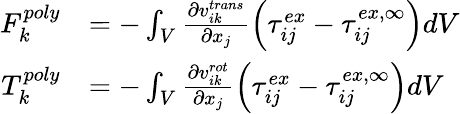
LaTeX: \begin{array}{rl}{F_{k}^{poly}}&{=-\int_{V}\frac{\partial v_{ik}^{trans}}{\partial x_{j}}\left(\tau_{ij}^{ex}-\tau_{ij}^{ex,\infty}\right)dV}\\ {T_{k}^{poly}}&{=-\int_{V}\frac{\partial v_{ik}^{rot}}{\partial x_{j}}\left(\tau_{ij}^{ex}-\tau_{ij}^{ex,\infty}\right)dV}\end{array}